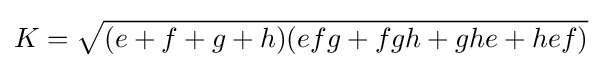
\displaystyle K={\sqrt {(e+f+g+h)(efg+fgh+ghe+hef)}}